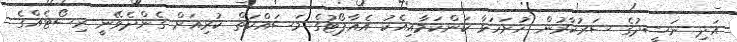
އަދި ނަޝީދުގެ ސަރުކާރުން ހުށަހަޅާ ކަންކަމާއިއެކު އެއާޕޯޓުގެ މަސައްކަތް ކުރިއަށް ގެންދެވޭނީ ރިސޯޓެއްގެ